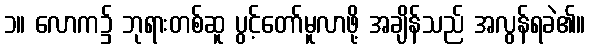
၁။ လောက၌ ဘုရားတစ်ဆူ ပွင့်တော်မူလာဖို့ အချိန်သည် အလွန်ရခဲ၏။